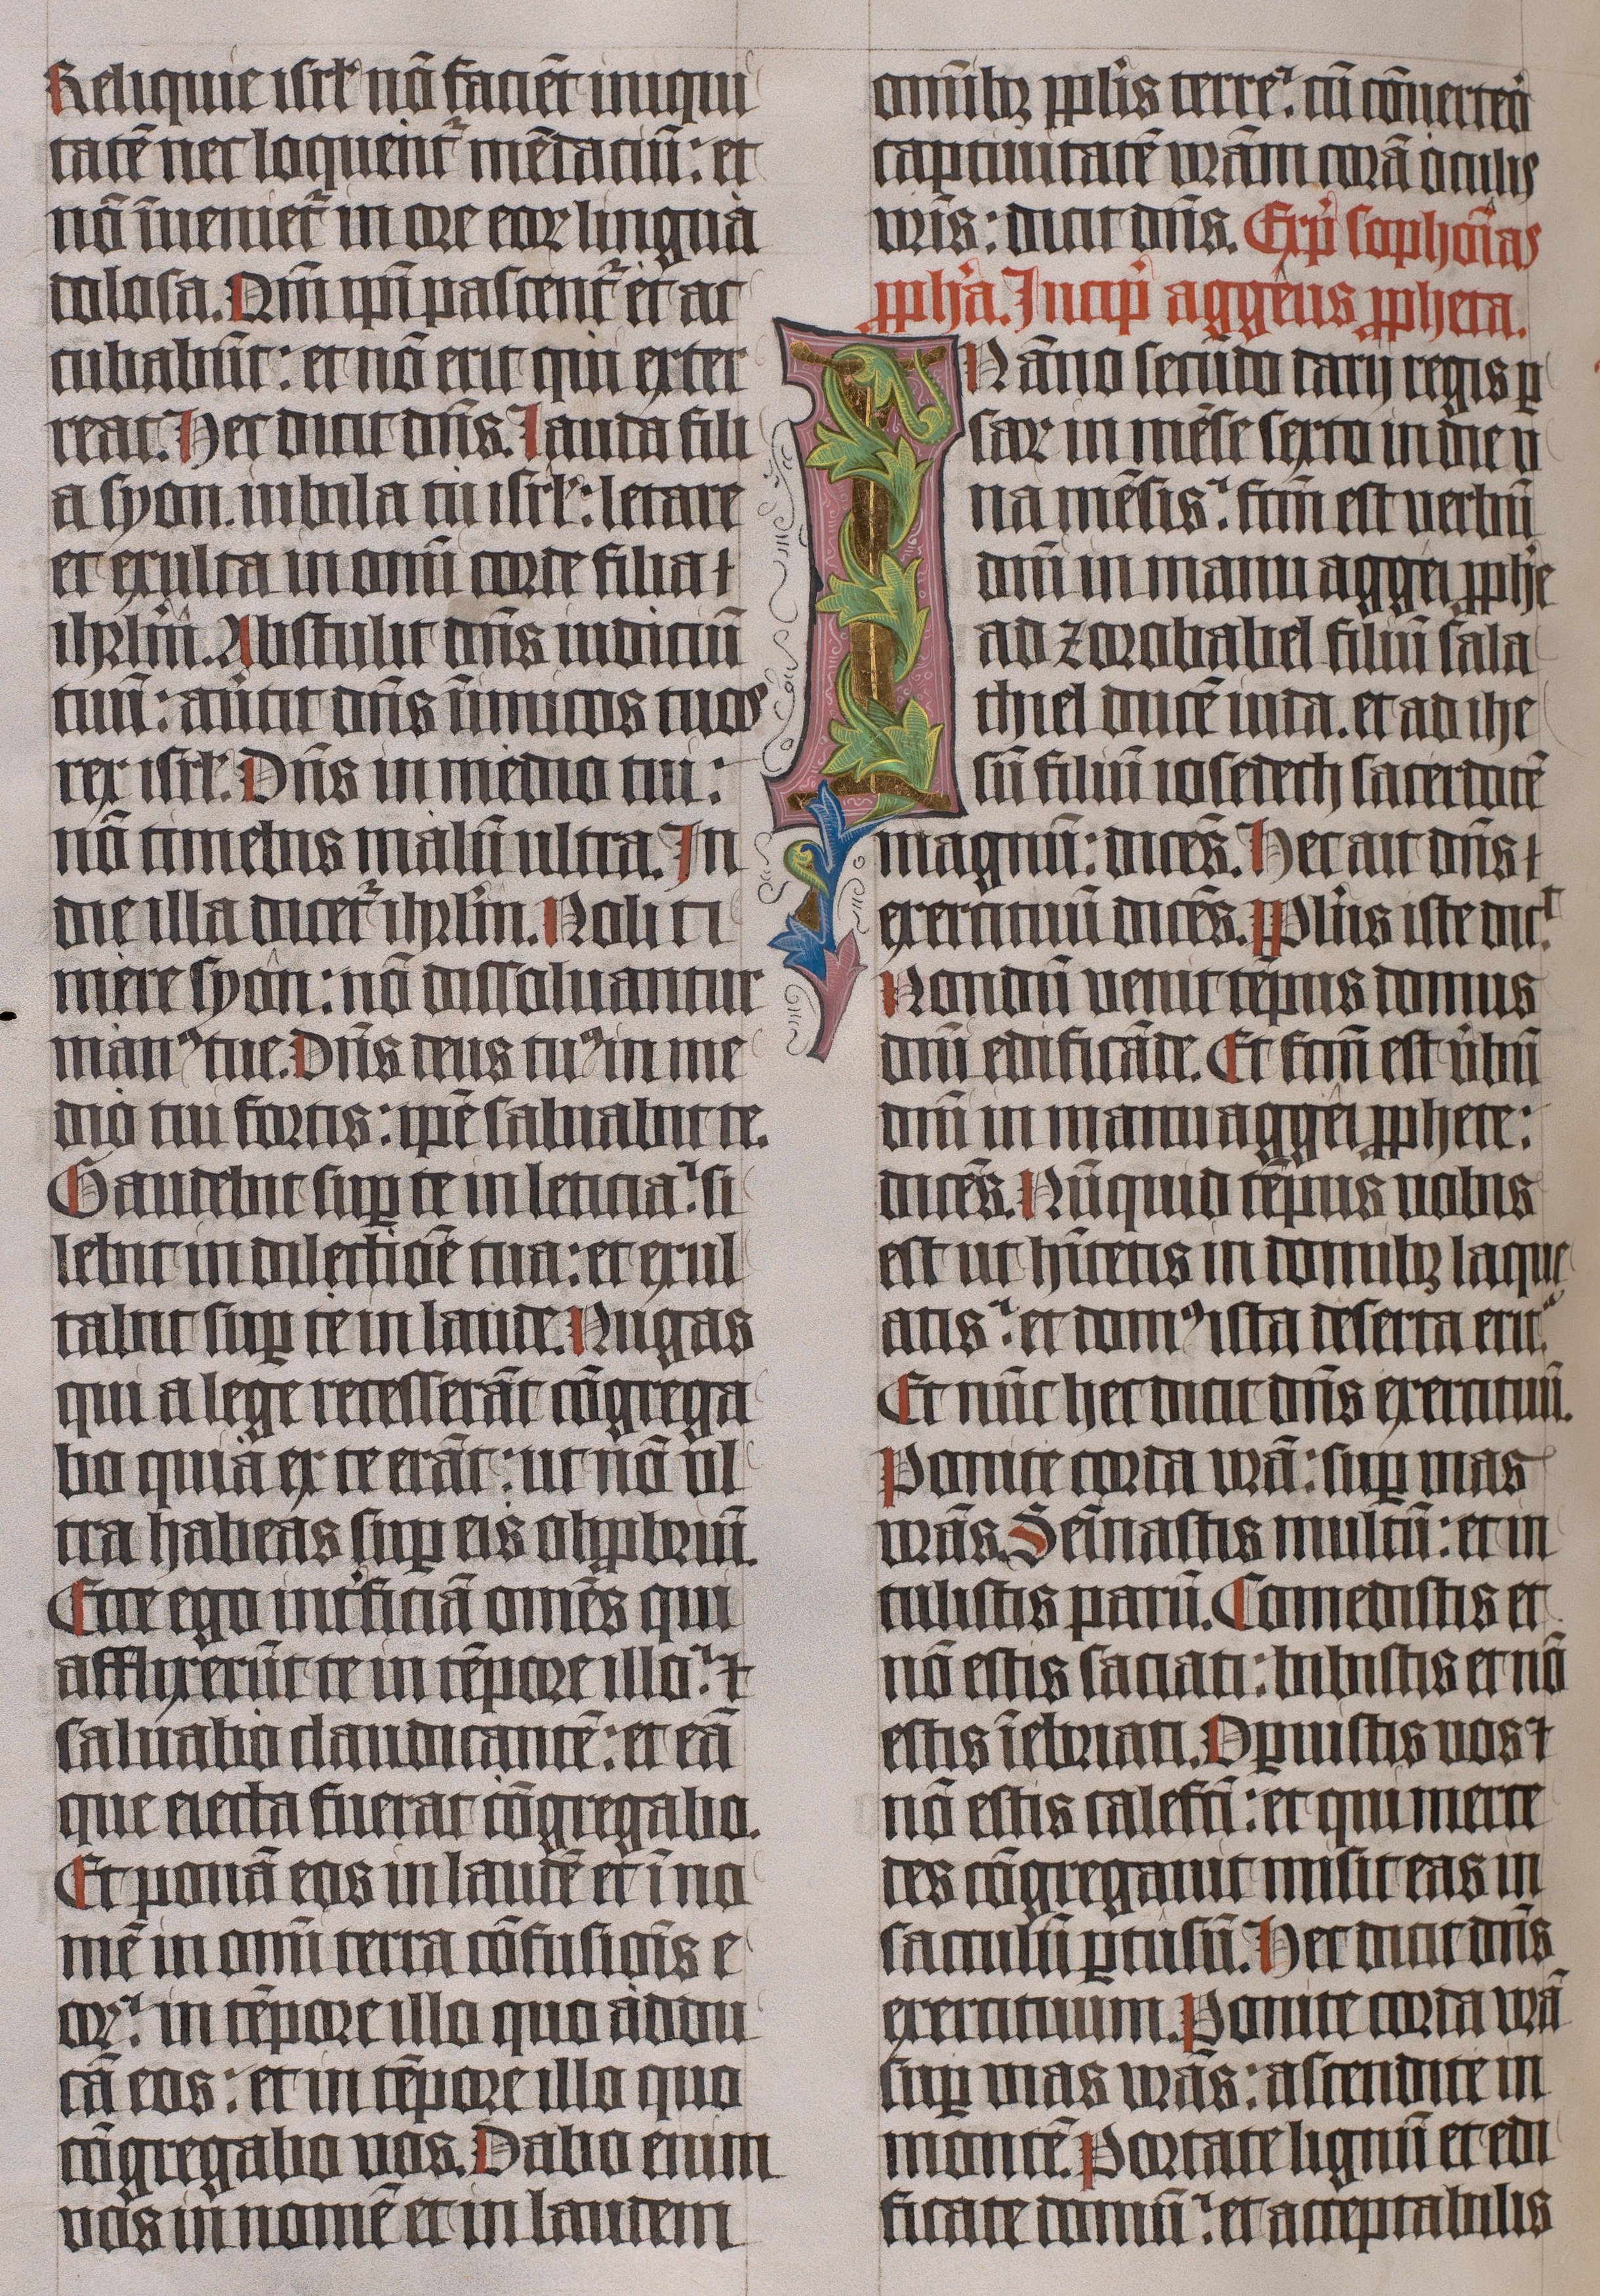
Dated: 1445–1445